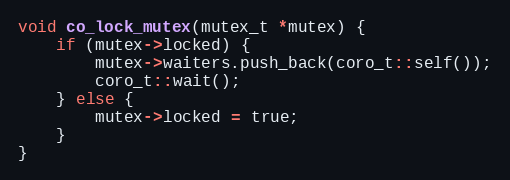
Language: C++
void co_lock_mutex(mutex_t *mutex) {
    if (mutex->locked) {
        mutex->waiters.push_back(coro_t::self());
        coro_t::wait();
    } else {
        mutex->locked = true;
    }
}